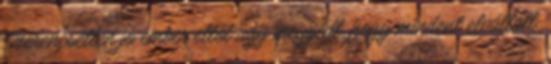
Szerencsétlen jó ember ettől úgy megijedt, hogy mindent elvállalt.